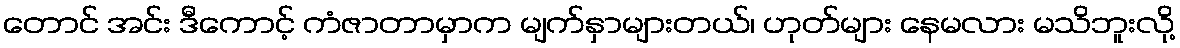
တောင် အင်း ဒီကောင့် ကံဇာတာမှာက မျက်နှာများတယ်၊ ဟုတ်များ နေမလား မသိဘူးလို့